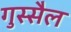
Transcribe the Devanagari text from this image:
गुस्सैल